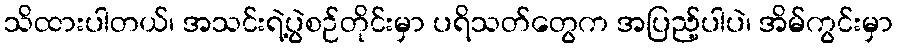
သိထားပါတယ်၊ အသင်းရဲ့ပွဲစဉ်တိုင်းမှာ ပရိသတ်တွေက အပြည့်ပါပဲ၊ အိမ်ကွင်းမှာ